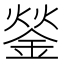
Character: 𨧿